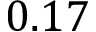
0 . 1 7